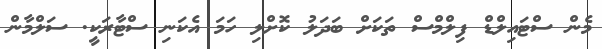
މެން ސްޓައިލްޑް ފިލްމްސް ތަަކަށް ބަދަލު ކޮށްލި ހަމަ އެކަނި ސްޓާރަކީ. ސަލްމާން